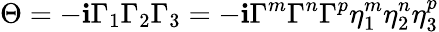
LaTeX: \Theta=-\mathbf{i}\Gamma_{1}\Gamma_{2}\Gamma_{3}=-\mathbf{i}\Gamma^{m}\Gamma^{n}\Gamma^{p}\eta_{1}^{m}\eta_{2}^{n}\eta_{3}^{p}